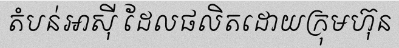
តំបន់អាស៊ី ដែលផលិតដោយក្រុមហ៊ុន